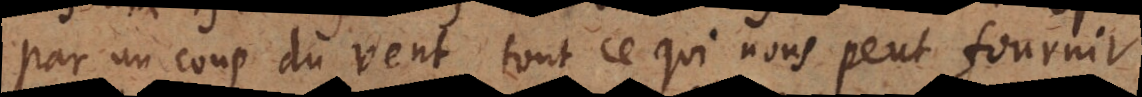
par un coup du vent, tout ce qui nous peut fournir